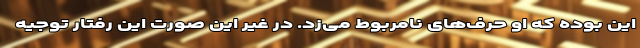
این بوده که او حرف‌های نامربوط می‌زد. در غیر این صورت این رفتار توجیه